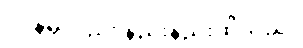
ဒိုင်နမိုလည်း နည်းနည်းထိသည်။